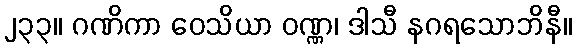
၂၃၃။ ဂဏိကာ ဝေသိယာ ဝဏ္ဏ၊ ဒါသီ နဂရသောဘိနီ။